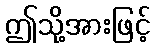
ဤသို့အားဖြင့်